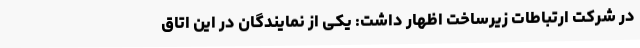
در شرکت ارتباطات زیرساخت اظهار داشت: یکی از نمایندگان در این اتاق